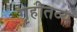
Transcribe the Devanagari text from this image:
गृहीतव्य